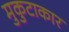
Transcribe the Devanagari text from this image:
मुकुटाकार